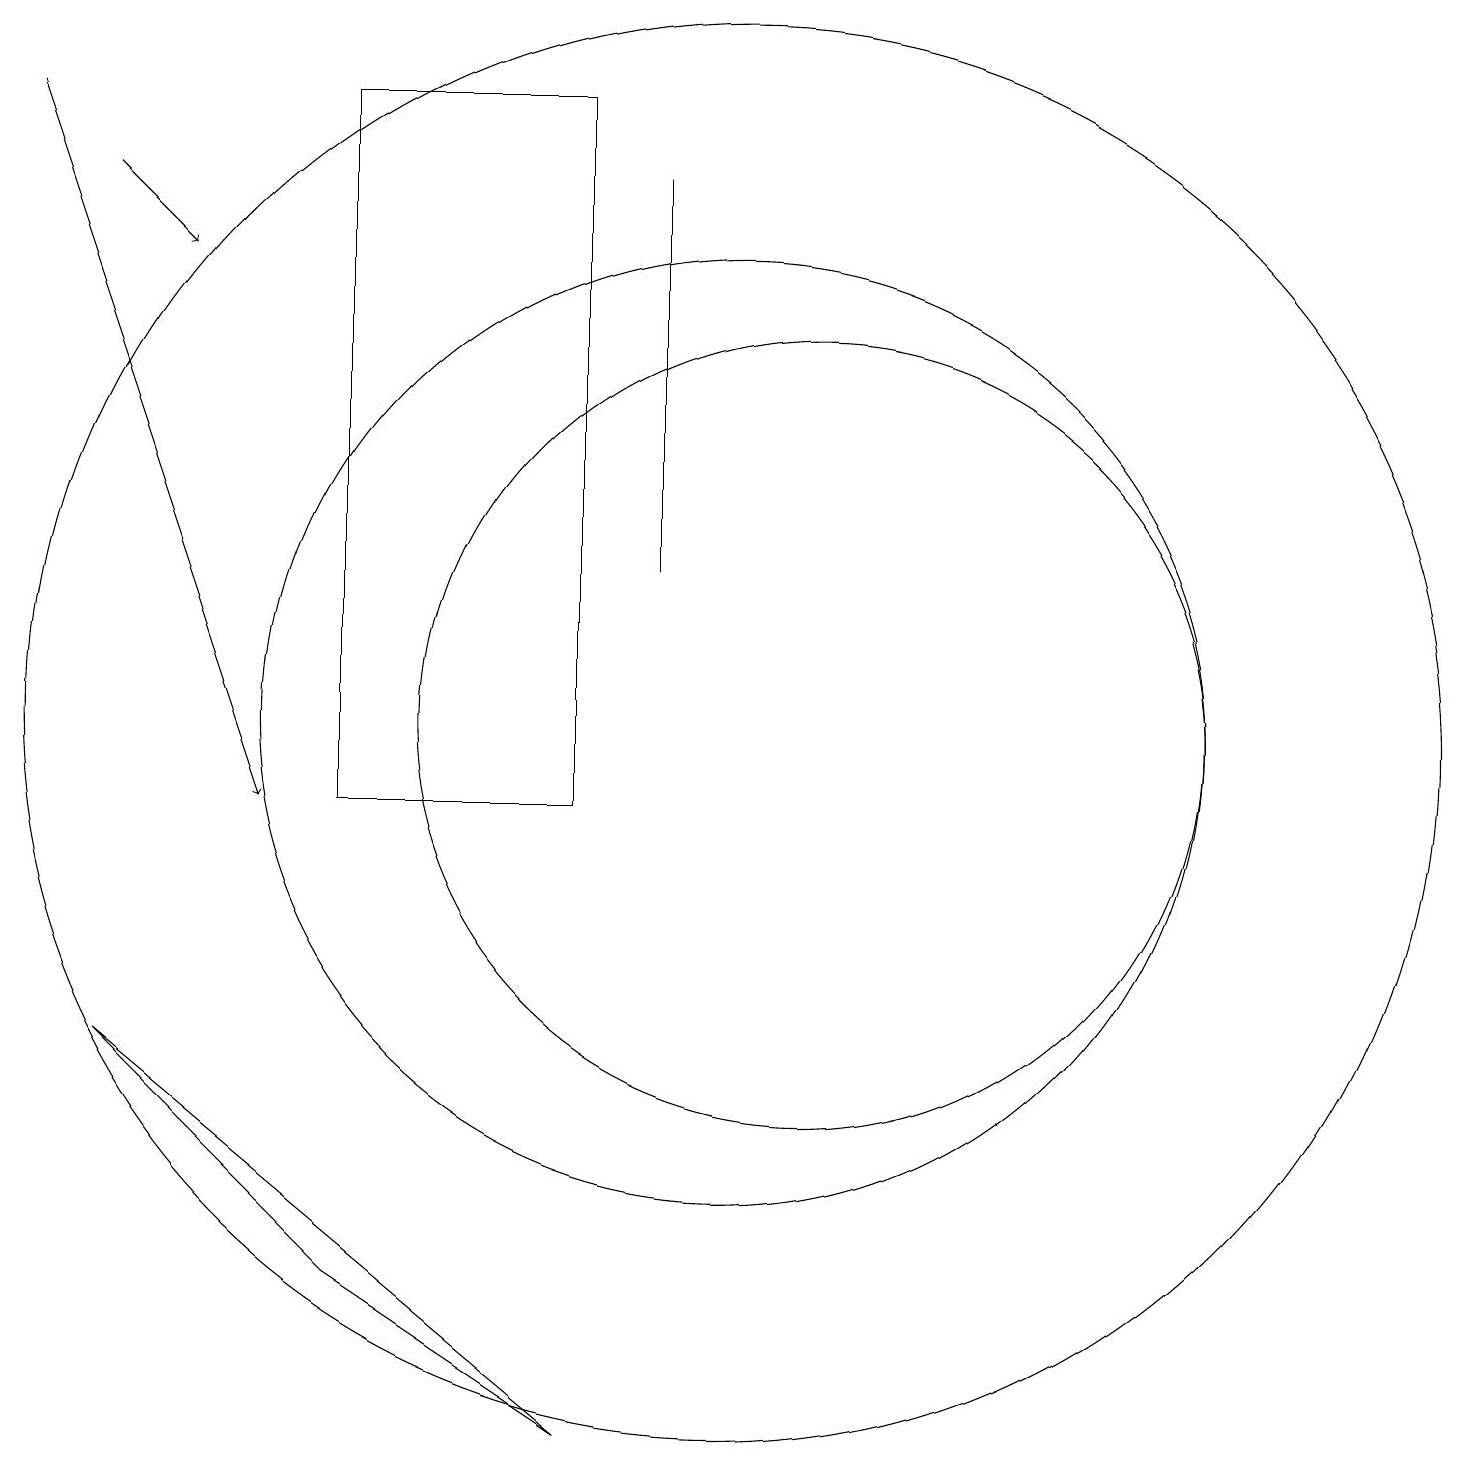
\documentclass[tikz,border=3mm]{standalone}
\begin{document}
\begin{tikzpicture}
\draw (11,11) circle (5);
\draw[->] (2,18) -- (3,17);
\draw (9,18) rectangle (9,13);
\draw (2,7) -- (5,4) -- (8,2) -- cycle;
\draw (10,11) circle (9);
\draw (8,10) rectangle (5,19);
\draw (10,11) circle (6);
\draw[->] (1,19) -- (4,10);
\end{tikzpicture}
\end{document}